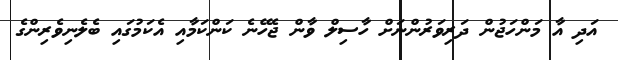
އަދި އާ މަންހަޖުން ދަރިވަރުންނަށް ހާސިލް ވާން ޖެހޭނެ ކަންކަމާއި އެކަމުގައި ބެލެނިވެރިންގެ